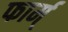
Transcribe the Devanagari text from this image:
फार्म्